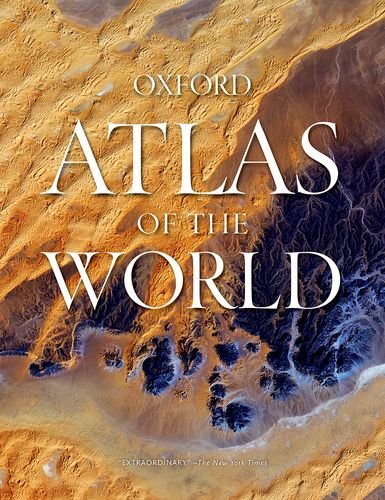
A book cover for Atlas of the World; Not Available (Na) Oxford University Press; Reference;